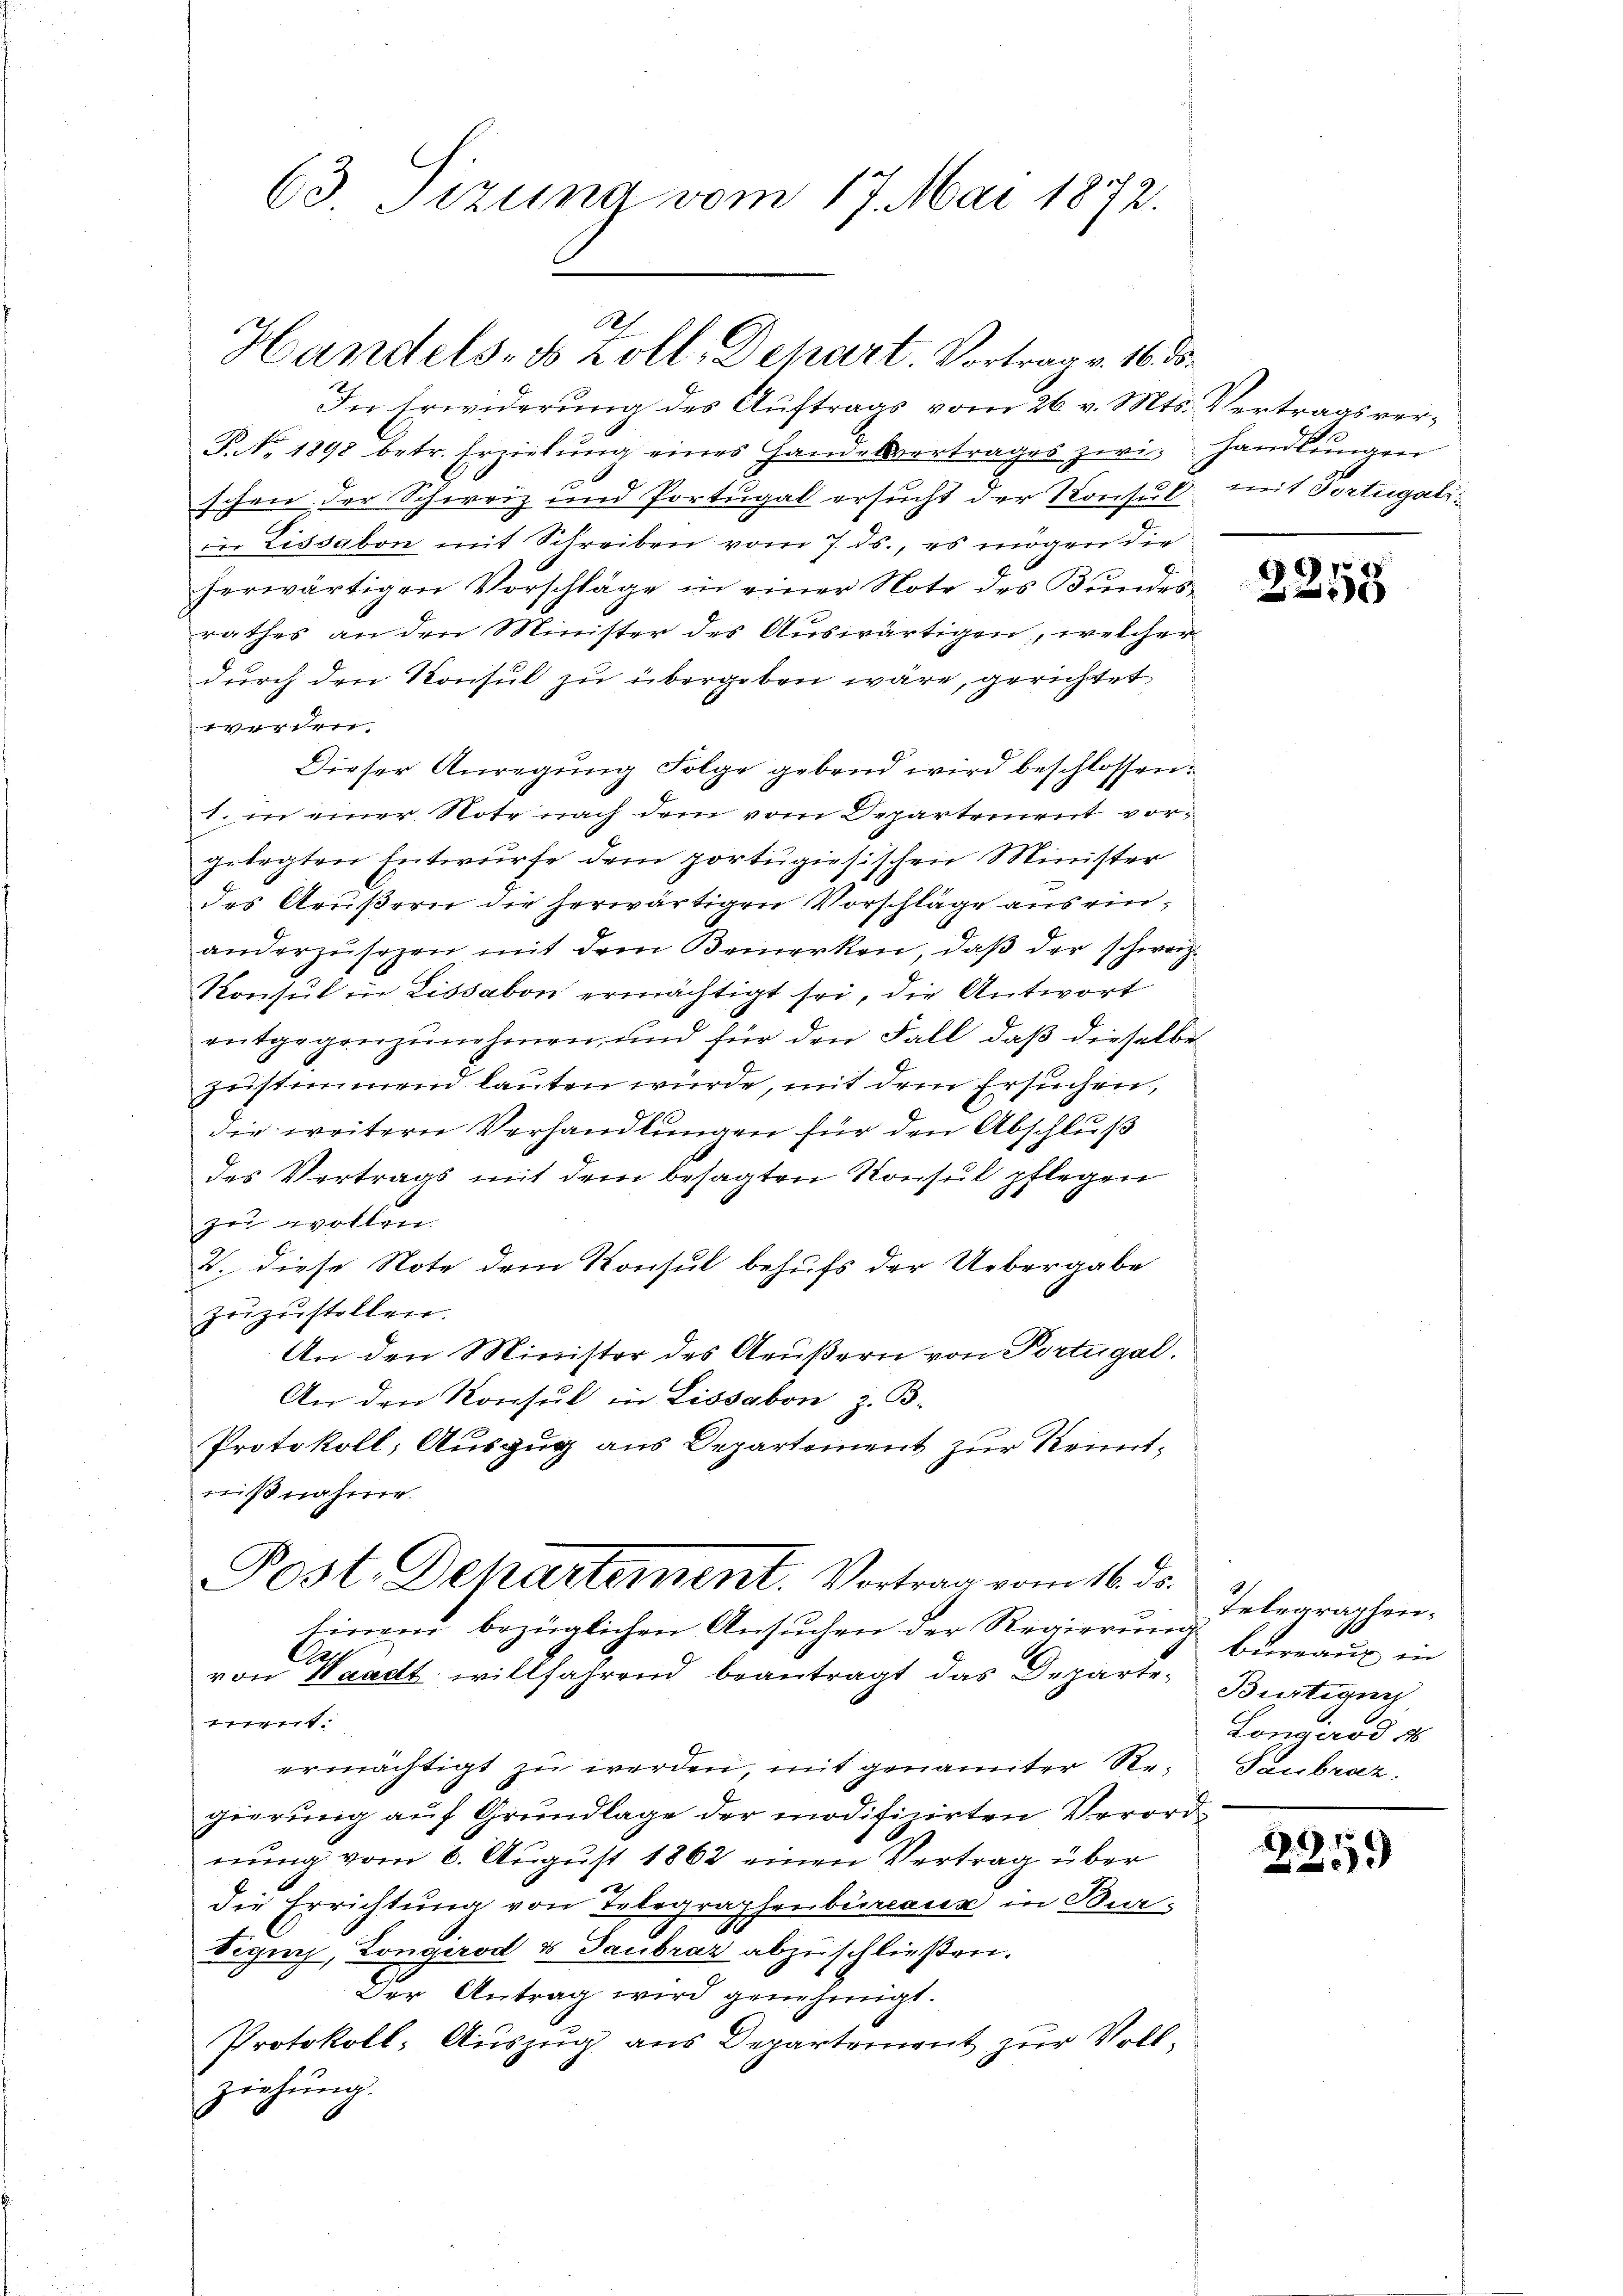
63. Tizung vom 17. Mai 1872.

Ah.
Handels- & Zoll. Depart. Vortrag v. 16. d.

In Erwiderung des Auftrags vom 26. v. Mts. Vertragsver¬
P. Nr. 1898 betr. Erziehŭng eines Handelsvertrages zwi- handlŭngen
x
schen der Schweiz und Portugal ersucht der Konsul mit Portugaliin Lissabon mit Schreiben vom 7. ds., es mögen die
herwärtigen Vorschläge in einer Note des Bŭndes-
rathes an den Minister des Auswärtigen, welcher
durch den Konsul zu übergeben wäre, gerichtet
worden.
Dieser Anregung Folge gebend wird beschlossen:
1. in einer Note nach dem vom Departement vorgelegten Entwurfe dem portugisischen Minister
des Aeußern die herwärtigen Vorschläge aus einanderzŭsezen mit dem Bemerken, daβ der schweiz.
Konsul in Lissabon ermächtigt sei, die Antwort
entgegenzunehmen, und für den Fall, daß dieselbe
zustimmend lauten würde, mit dem Ersuchen,
die weitern Verhandlungen für den Abschluß
des Vertrags mit dem besagten Konsul pflegen
zu wollen.
2. diese Note dem Konsul behufs der Uebergabe
zuzustellen.
An den Minister des Aeußern von Portugal.
An den Konsul in Lissabon, z. B.
Protokoll, Auszug aus Departement zur Reitnißnahme.
Post. Dekartement. Vortrag vom 16. ds.
Einem bezüglichen Ansuchen der Regierung
.
von Waadt willfahrend beantragt das Departe-Bürtigun
t
ermächtigt zu werden, mit genannter Regierung auf Grundlage der modifizirten Verordnung vom 6. August 1862 einen Vertrag über
die Errichtung von Telegraphenbureaux in Bur-
Vigung, Longirod & Taubrar abzuschließen.
Der Antrag wird genehmigt.
Protokoll- Auszug aus Departement zur Vollziehung.

2255

Inbegraphen-
Bureaux in
Longirod 1
Laubraz.

235.